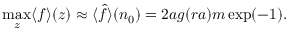
\operatorname* { m a x } _ { z } \langle f \rangle ( z ) \approx \langle \hat { f } \rangle ( n _ { 0 } ) = 2 a g ( r a ) m \exp ( - 1 ) .